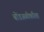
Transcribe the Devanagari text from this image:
बोंडअळीकरिता